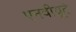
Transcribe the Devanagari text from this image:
एनवीयूटे